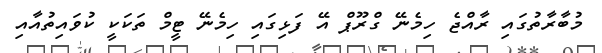
މުބާރާތުގައި ރާއްޖެ ހިމެނޭ ގްރޫޕް އޭ ފަޅިގައި ހިމެނޭ ޓީމް ތަކަކީ ކުވައިތުއާއި